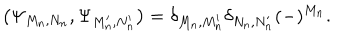
LaTeX: \left( \Psi _ { M _ { n } , N _ { n } } , \Psi _ { M _ { n } ^ { \prime } , N _ { n } ^ { \prime } } \right) = \delta _ { M _ { n } , M _ { n } ^ { \prime } } \delta _ { N _ { n } , N _ { n } ^ { \prime } } ( - ) ^ { M _ { n } } .